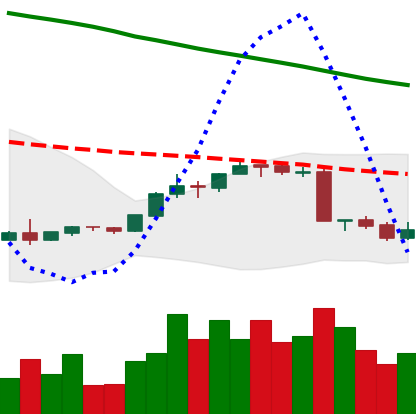
Ticker: EOS-USD
Chart end date: 2018-09-09
Forward return: 6.1%
Label: up_5_7